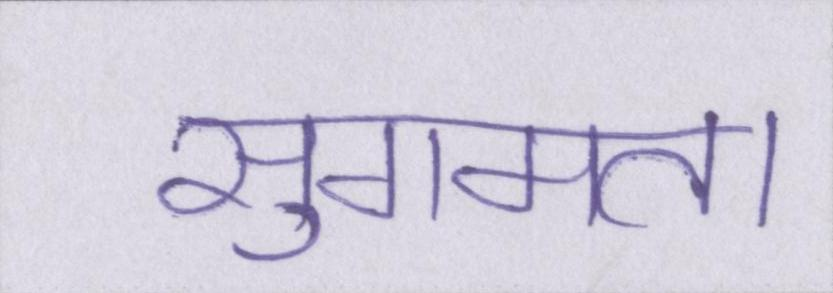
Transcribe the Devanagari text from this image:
सुगमता